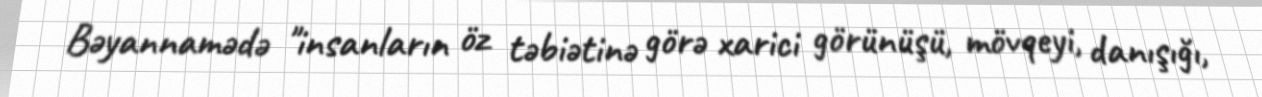
Bəyannamədə "insanların öz təbiətinə görə xarici görünüşü, mövqeyi, danışığı,